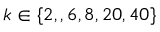
k \in \{ 2 , , 6 , 8 , 2 0 , 4 0 \}